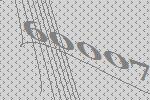
60007